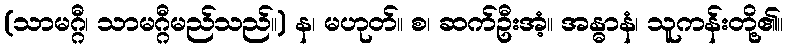
(သာမဂ္ဂီ၊ သာမဂ္ဂီမည်သည်။) န၊ မဟုတ်။ စ၊ ဆက်ဦးအံ့။ အန္ဓာနံ၊ သူကန်းတို့၏။